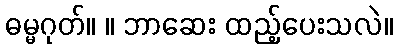
ဓမ္မဂုတ်။ ။ ဘာဆေး ထည့်ပေးသလဲ။